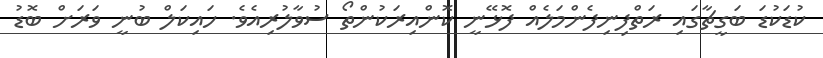
ކުޑަކުޑަ ބަގީޗާގައި ރަތްފިނިފެންމަލެއް ފޮޅޭނީ ކޮންއިރަކުންތޯ ސުވާލުރިއެވެ. ހައިކަލް ބުނީ ވަރަށް ބޮޑު